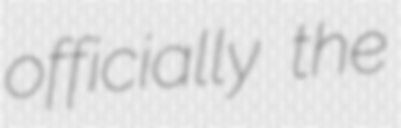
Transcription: officially the